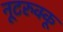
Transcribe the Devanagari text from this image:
नूटरुक्कू